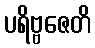
ပရိဗ္ဗဇေတိ